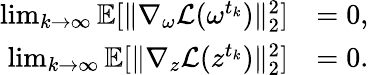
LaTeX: \begin{array}{rl}{\operatorname*{lim}_{k\rightarrow\infty}\mathbb{E}[\| \nabla_{\omega}\mathcal{L}(\omega^{t_{k}})\| _{2}^{2}]}&{=0,}\\ {\operatorname*{lim}_{k\rightarrow\infty}\mathbb{E}[\| \nabla_{z}\mathcal{L}(z^{t_{k}})\| _{2}^{2}]}&{=0.}\end{array}